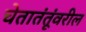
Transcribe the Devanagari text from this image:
चेतातंतूंवरील